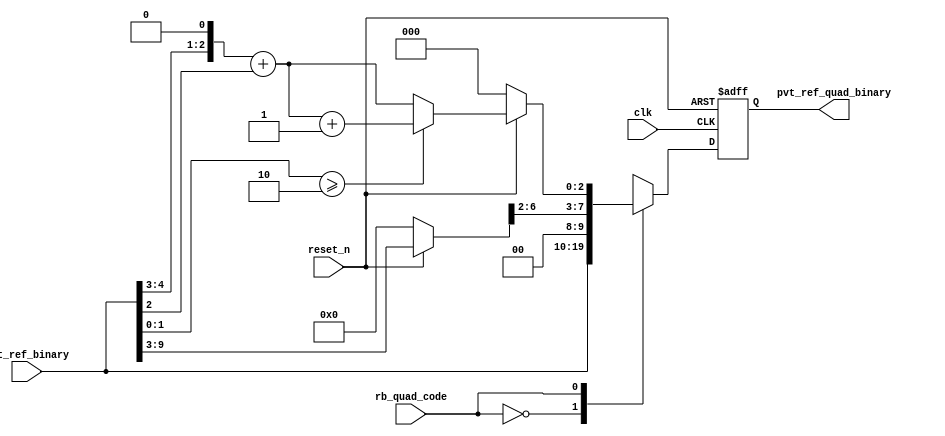
// SPDX-License-Identifier: Apache-2.0
// Copyright (C) 2019 Intel Corporation. All rights reserved
//------------------------------------------------------------------------
//
// Revision:    $Revision: #6 $
//------------------------------------------------------------------------
// Description: quadrature phase delay code generation logics
//------------------------------------------------------------------------

//------------------------------------------------------------------------
// To be considered :
// 1. any potential glitch between code switching?
//------------------------------------------------------------------------
module aibnd_quadph_code_gen 
#(
parameter FF_DELAY     = 200
)
(
   input  wire         clk,                     //reference clock from pll
   input  wire         reset_n,                 //output for dll reset
   input  wire  [9:0]  pvt_ref_binary,          //output binary pvt value for delay chain
   input  wire         rb_quad_code,   		//select between original or quadrature codes
   output reg   [9:0]  pvt_ref_quad_binary 	//quadrature code (binary) for delay chain
);

`ifdef TIMESCALE_EN
  timeunit 1ps;
  timeprecision 1ps;
`endif

wire [6:0] coarse_bin;
reg [2:0]  fint_bin;
wire [2:0] fine_bin;

reg [8:0]  coarse_divided_bin;
reg [4:0]  fine_divided_bin, coarse_frac_bin;

          always @(*)
                begin
                        if(~reset_n) begin
                                coarse_divided_bin = 9'b0_0000_0000;
                                fine_divided_bin = 5'b0_0000;
                                coarse_frac_bin = 5'b0_0000;
                                fint_bin = 3'b000;
                        end
                        else  begin
                                coarse_divided_bin = {2'b00,pvt_ref_binary[9:3]};
                                fine_divided_bin = {2'b00,pvt_ref_binary[2:0]};
//                                coarse_frac_bin = {1'b0,coarse_divided_bin[1:0],2'b00};  //****need to finalize what's the ratio between coarse/fine steps. current coding assumes 20ps/5ps=4
				coarse_frac_bin = {coarse_divided_bin[1:0],3'b000}; 
                                fint_bin = coarse_frac_bin[4:2] + fine_divided_bin[4:2];
                                         if ((fine_divided_bin[1:0] >= 2'd2)) begin
                                                fint_bin = fint_bin + 3'b001;
                                         end
                                         else begin
                                                fint_bin = fint_bin;
                                         end
                         end
                end

        assign coarse_bin = coarse_divided_bin[8:2];
 	assign fine_bin = fint_bin;

        always @(posedge clk or negedge reset_n)
                begin
                        if(~reset_n) begin
				pvt_ref_quad_binary <= #FF_DELAY 10'b00_0000_0000;
			end
			else case (rb_quad_code)
				1'b0 : pvt_ref_quad_binary <= #FF_DELAY pvt_ref_binary;
				1'b1 : pvt_ref_quad_binary <= #FF_DELAY {coarse_bin,fine_bin};
				default : pvt_ref_quad_binary <= #FF_DELAY {coarse_bin,fine_bin};
			endcase
		end 

endmodule // aibnd_quadph_code_gen